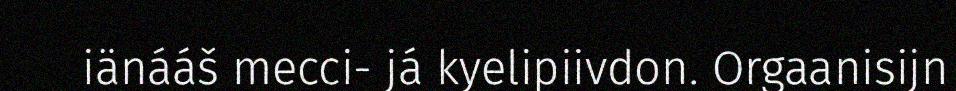
iänááš mecci- já kyelipiivdon. Orgaanisijn